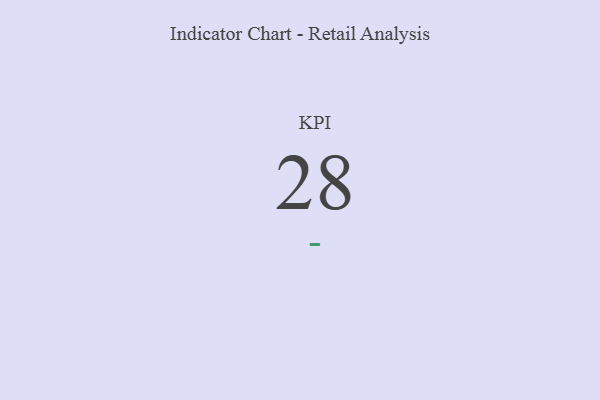
{"axis": {"x": "KPI", "y": "Value"}, "legend": [""], "data": [{"x": "KPI", "y": 28, "type": ""}]}